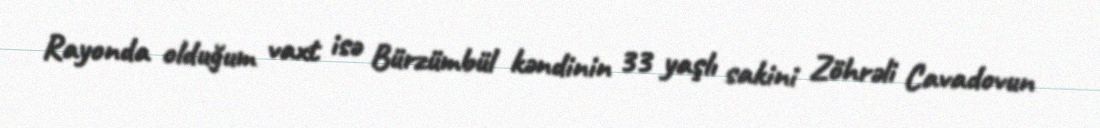
Rayonda olduğum vaxt isə Bürzümbül kəndinin 33 yaşlı sakini Zöhrəli Cavadovun